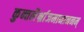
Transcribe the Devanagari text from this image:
कुन्तलैर्भ्राजमानाननम्